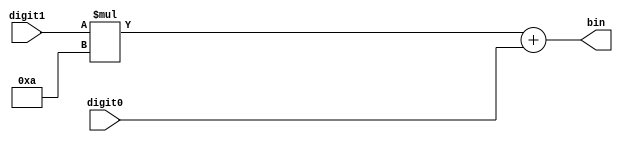
`timescale 1ns / 1ps
//////////////////////////////////////////////////////////////////////////////////
// Company: 
// Engineer: 
// 
// Design Name: 
// Module Name: dec_to_bin
// Project Name: 
// Target Devices: 
// Tool Versions: 
// Description: 
// 
// Dependencies: 
// 
// Revision:
// Revision 0.01 - File Created
// Additional Comments:
// 
//////////////////////////////////////////////////////////////////////////////////


module dec_to_bin(
    input [3:0]digit1,
    input [3:0]digit0,
    output [7:0]bin
    );

    assign bin = (digit1 * 4'd10) + digit0;

endmodule